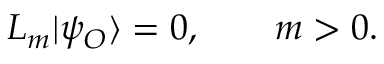
L _ { m } | \psi _ { \cal O } \rangle = 0 , \qquad m > 0 .